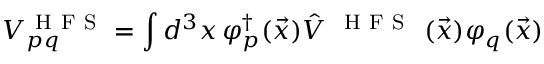
{ V } _ { p q } ^ { \mathrm { ~ H ~ F ~ S ~ } } = \int d ^ { 3 } x \, { \varphi } _ { p } ^ { \dagger } ( \vec { x } ) \hat { V } ^ { \mathrm { ~ \mathrm { ~ H ~ F ~ S ~ } ~ } } ( \vec { x } ) { \varphi } _ { q } ( \vec { x } )